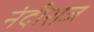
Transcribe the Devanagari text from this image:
नंदीराज